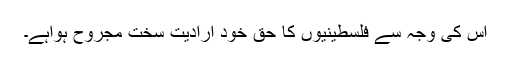
اس کی وجہ سے فلسطینیوں کا حق خود ارادیت سخت مجروح ہواہے۔